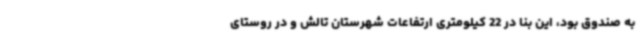
به صندوق بود، این بنا در 22 کیلومتری ارتفاعات شهرستان تالش و در روستای